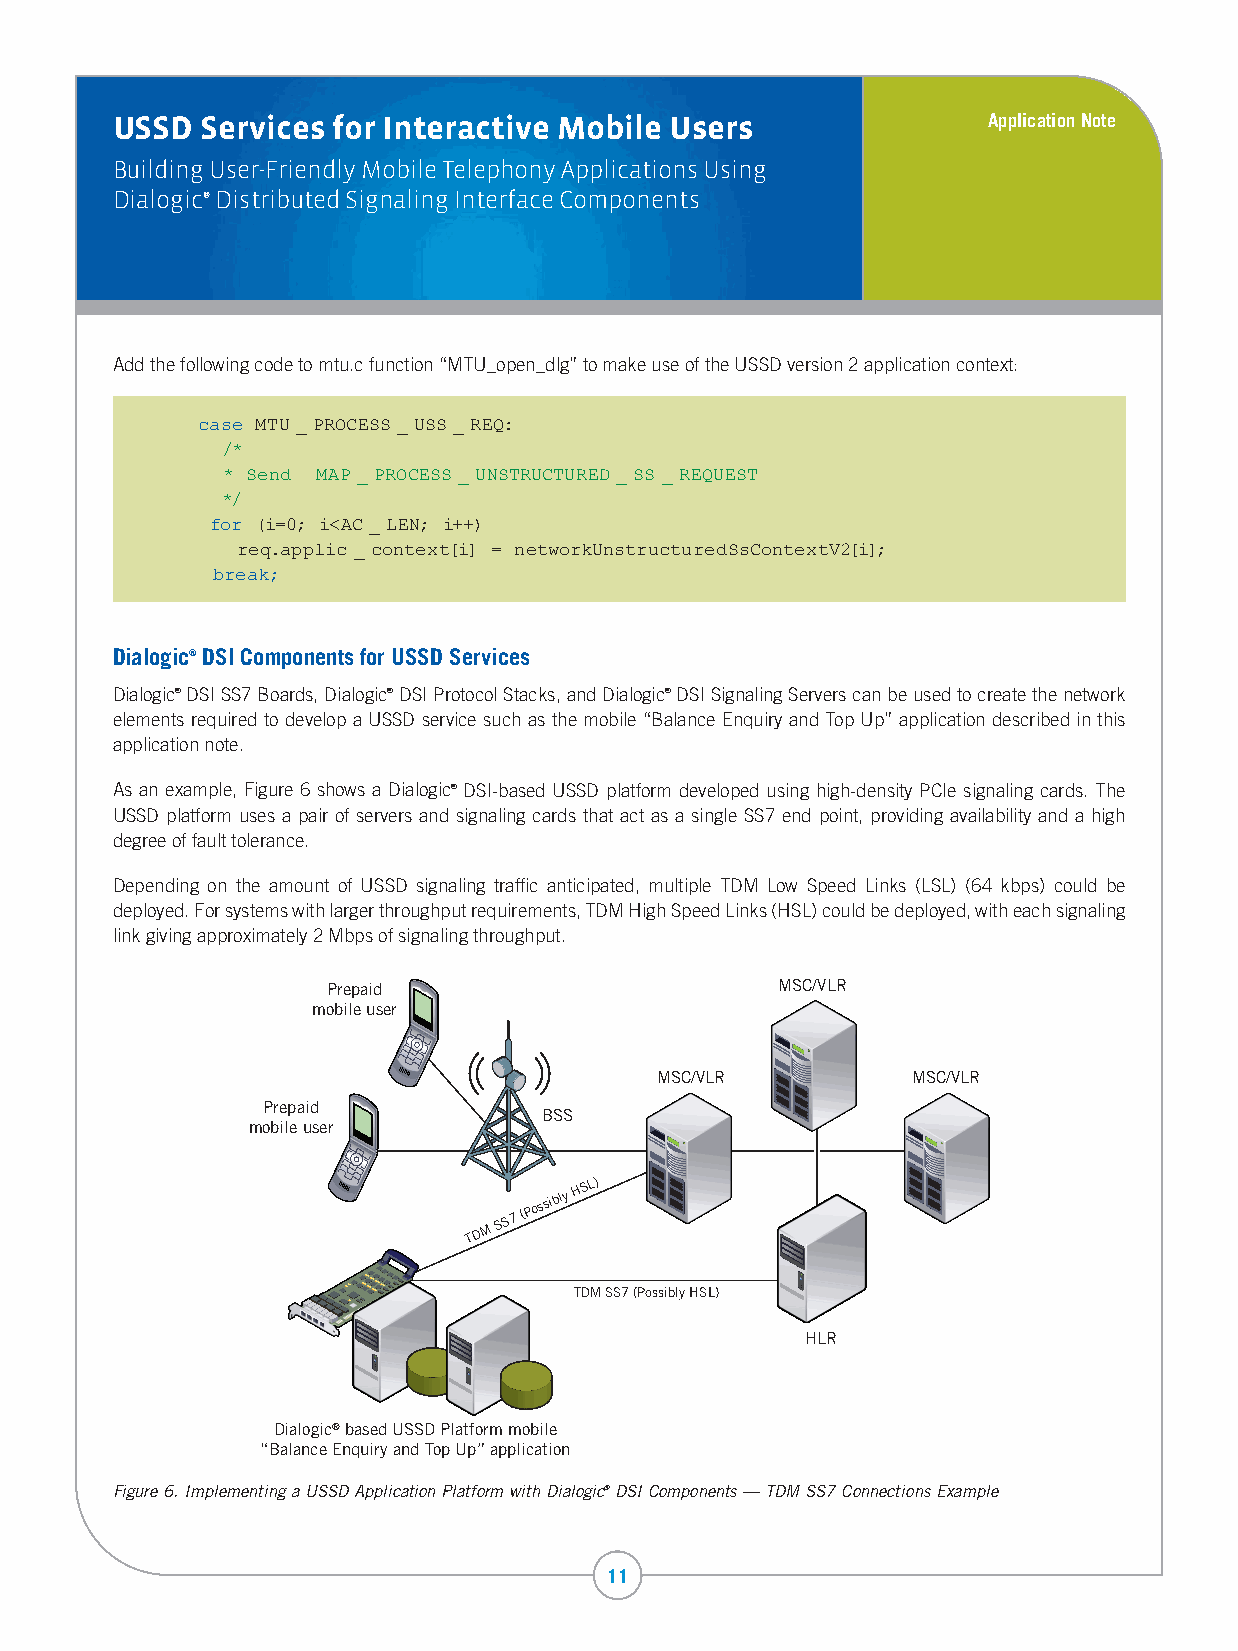
USSD  Services for Interactive Mobile Users               Application Note
 Building User-Friendly Mobile Telephony Applications Using
 Dialogic® Distributed Signaling Interface Components
 Add the following code to mtu.c function “MTU_open_dlg” to make use of the USSD version 2 application context:
 case MTU_PROCESS_USS_REQ:
 /*
 * Send MAP_PROCESS_UNSTRUCTURED_SS_REQUEST
 */
 for (i=0; i<AC_LEN; i++)
 req.applic_context[i] = networkUnstructuredSsContextV2[i];
 break;
 Dialogic® DSI Components for USSD Services
 Dialogic® DSI SS7 Boards, Dialogic® DSI Protocol Stacks, and Dialogic® DSI Signaling Servers can be used to create the network
 elements required to develop a USSD service such as the mobile “Balance Enquiry and Top Up” application described in this
 application note.
 As an example, Figure 6 shows a Dialogic® DSI-based USSD platform developed using high-density PCIe signaling cards. The
 USSD platform uses a pair of servers and signaling cards that act as a single SS7 end point, providing availability and a high
 degree of fault tolerance.
 Depending on the amount of USSD signaling traffic anticipated, multiple TDM Low Speed Links (LSL) (64 kbps) could be
 deployed. For systems with larger throughput requirements, TDM High Speed Links (HSL) could be deployed, with each signaling
 link giving approximately 2 Mbps of signaling throughput.
 Prepaid                       MSC/VLR
 mobile user
 MSC/VLR          MSC/VLR
 Prepaid
 BSS
 mobile user
 TDM
 SS7
 (Possibly
 HSL)
 TDM SS7 (Possibly HSL)
 HLR
 Dialogic® based USSD Platform mobile
 “Balance Enquiry and Top Up” application
 Figure 6. Implementing a USSD Application Platform with Dialogic® DSI Components — TDM SS7 Connections Example
 11